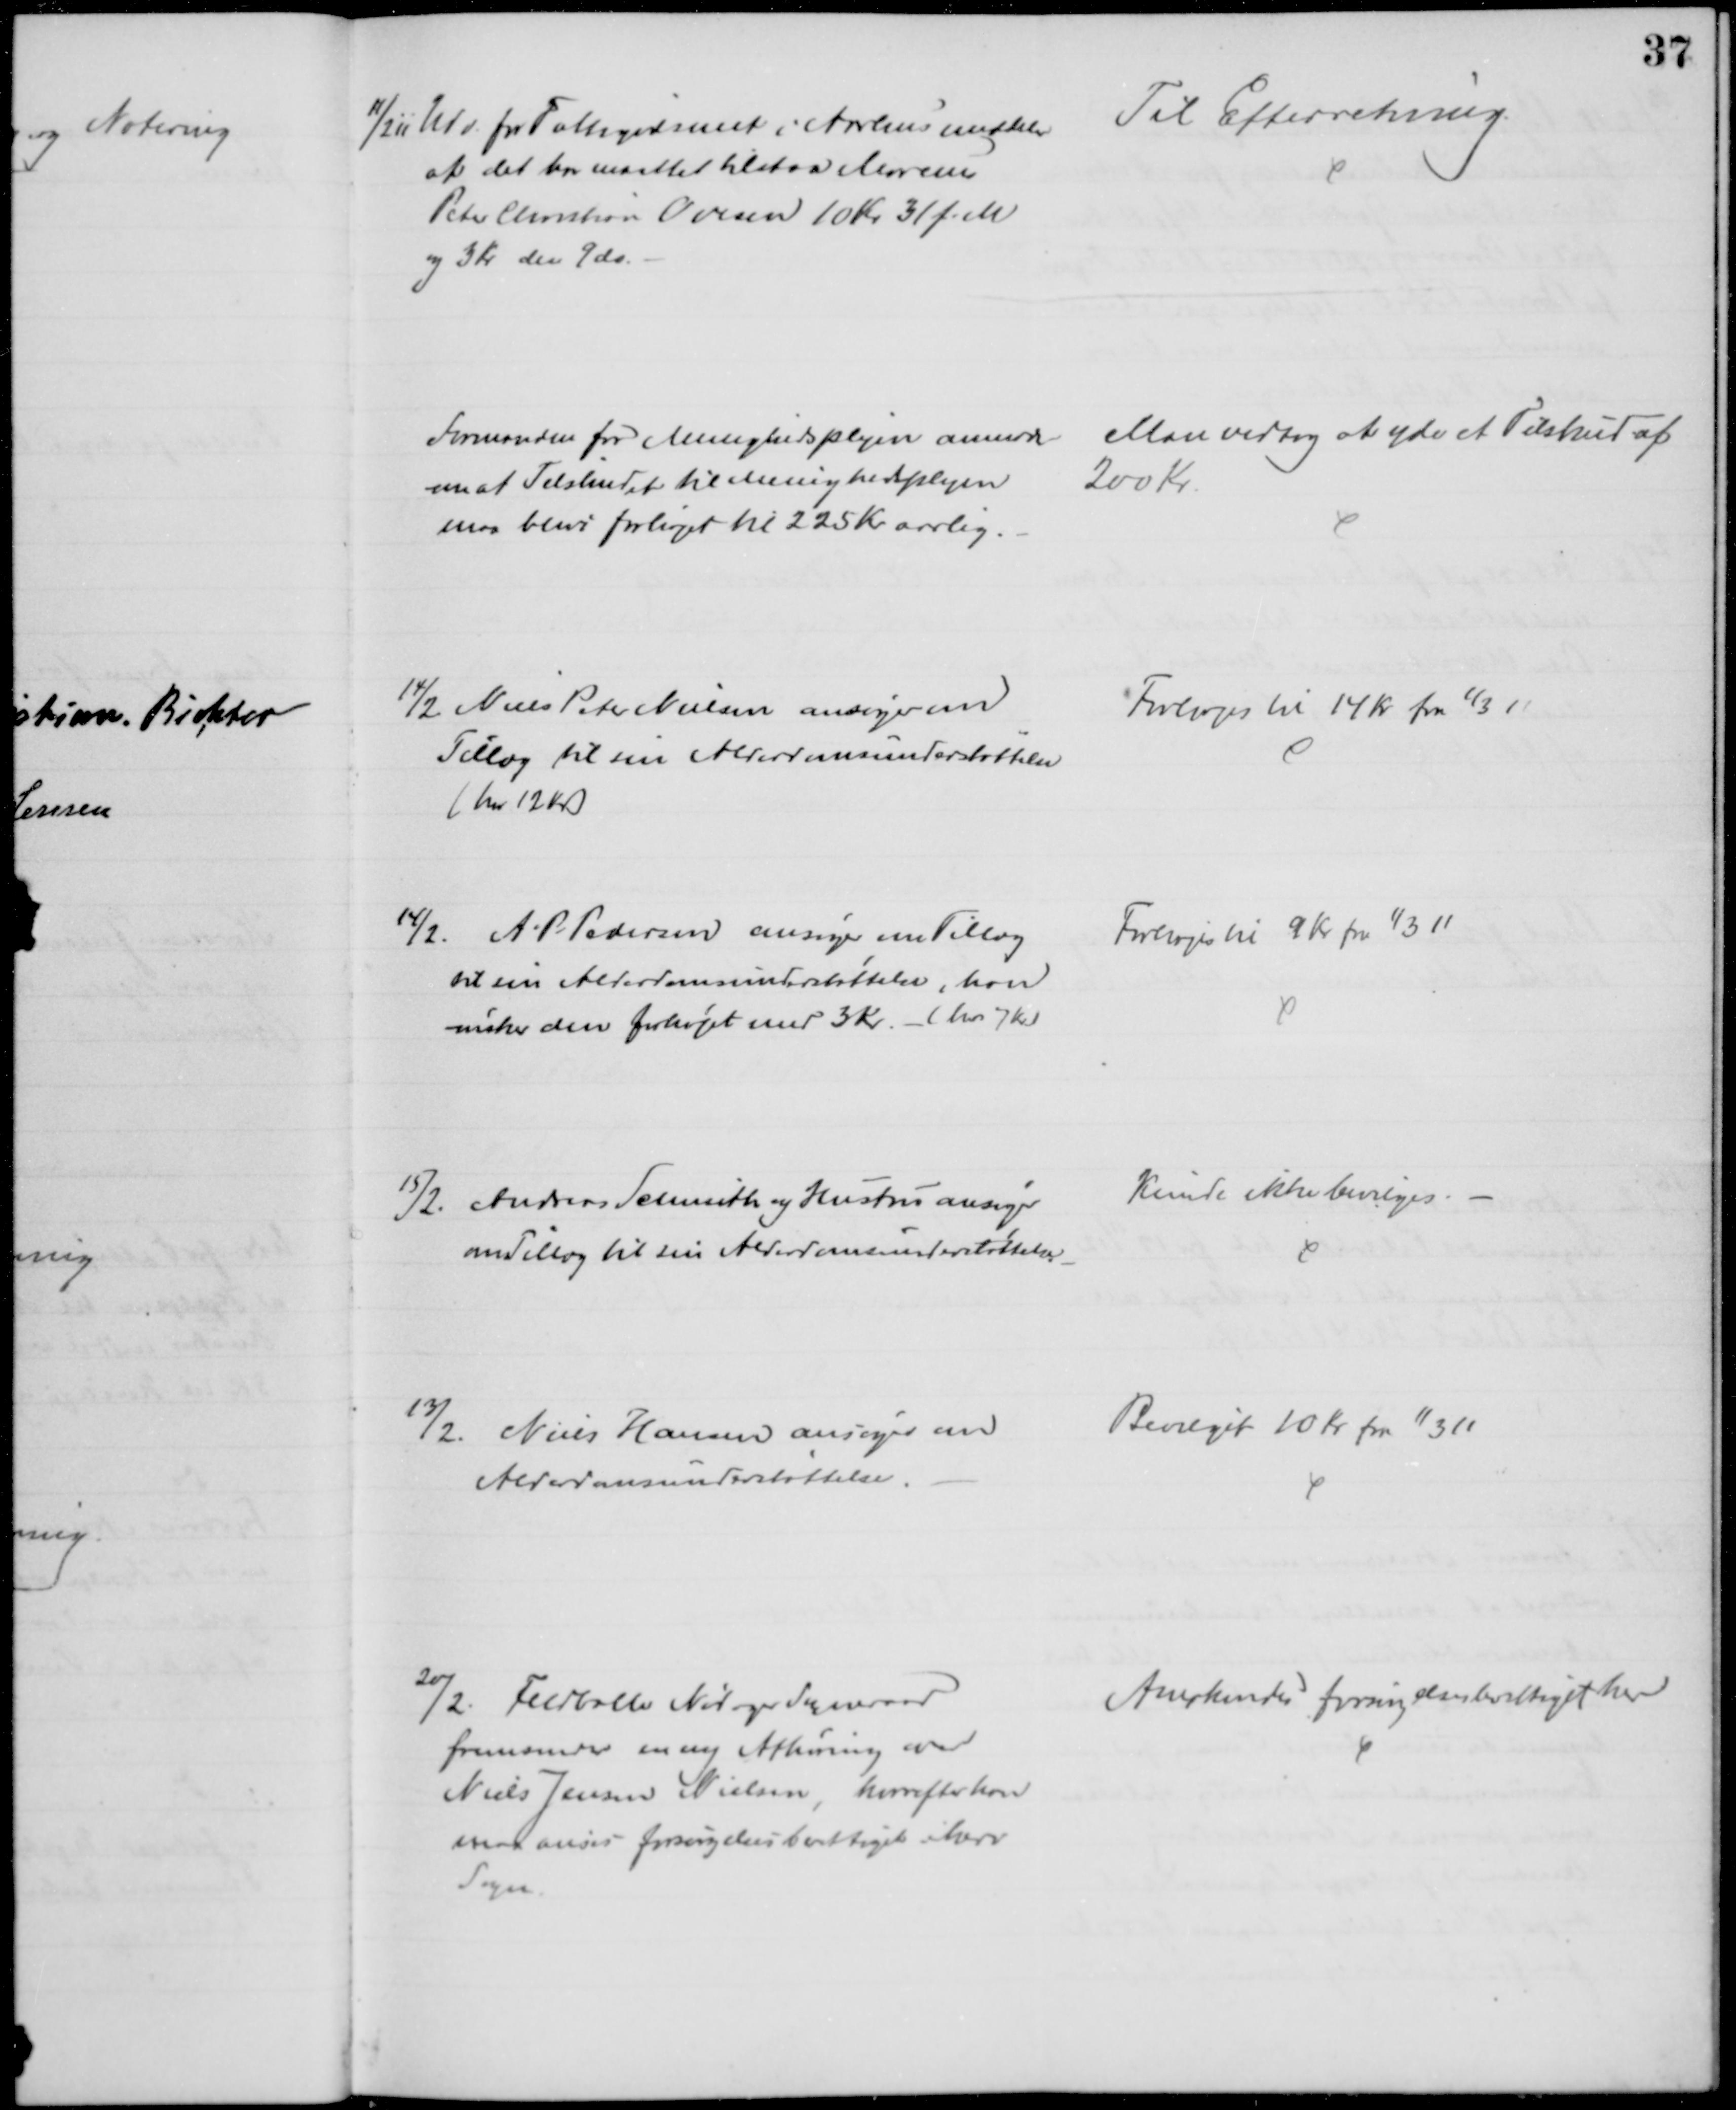
Transskription:
11/2 11 Udv. for Fattigvæsenet i Aarhus meddeler
at det har maattet tilstaa Marcus
Peter Christian Ovesen 10 Kr. 31 f. M
og 3 Kr den 9 ds.
Til Efterretning.
Formanden for Menighedsplejen anmoder
om at Tilskudet Menighedsplejen
maa blive forhøjet til 225 Kr aarlig.
Man vedtog at yde et Tilskud af
200 Kr.
14/2 Niels Peter Nielsen ansøger om
Tillæg til sin Alderdomsunderstøttelse
(har 12 Kr)
Forhøjes til 14 Kr fra 1/3 11
14/2. A. P. Pedersen ansøger om Tillæg
til sin Alderdomsunderstøttelse, han
ønsker den forhøjet med 3 Kr. - (har 7 Kr)
Forhøjes til 9 Kr fra 1/3 11
15/2. Andreas Schmith og Hustru ansøger
om Tillæg til sin Alderdomsunderstøttelse
Kunde ikke bevilges. 
13/2. Niels Hansen ansøger om
Alderdomsunderstøttelse.
Bevilget 10 Kr. fra 1/3 11
20/2. Feldballe Nørager Sogneraad
fremsender en ny Afhøring over
Niels Jensen Nielsen, hvorefter han
maa anses forsørgelsesberettiget i herv
Sogn.
Anerkendes forsørgelsesberettiget her